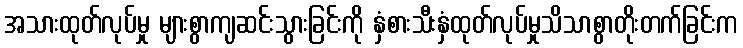
အသားထုတ်လုပ်မှု များစွာကျဆင်းသွားခြင်းကို နှံစားသီးနှံထုတ်လုပ်မှုသိသာစွာတိုးတက်ခြင်းက